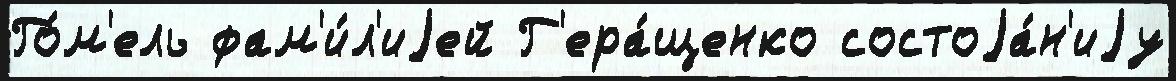
Го́м'ель фам'и́л'иjей Г'ера́щенко состоjа́н'иjу